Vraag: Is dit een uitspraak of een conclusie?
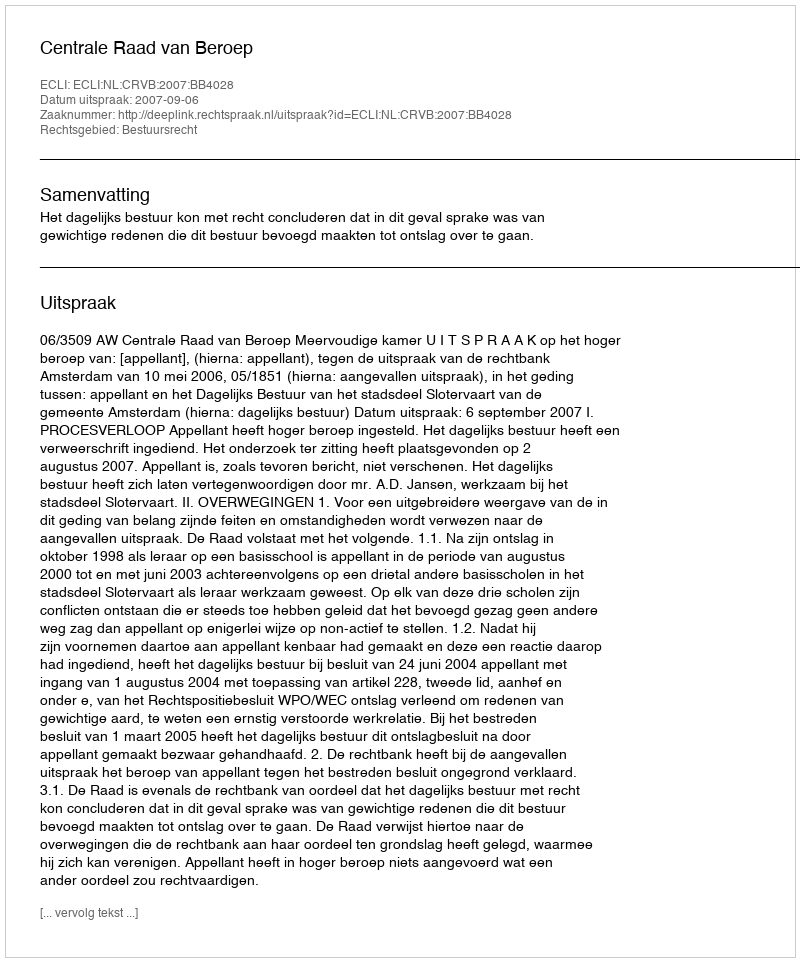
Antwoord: Uitspraak